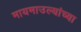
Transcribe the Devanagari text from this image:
मायमाउल्यांच्या